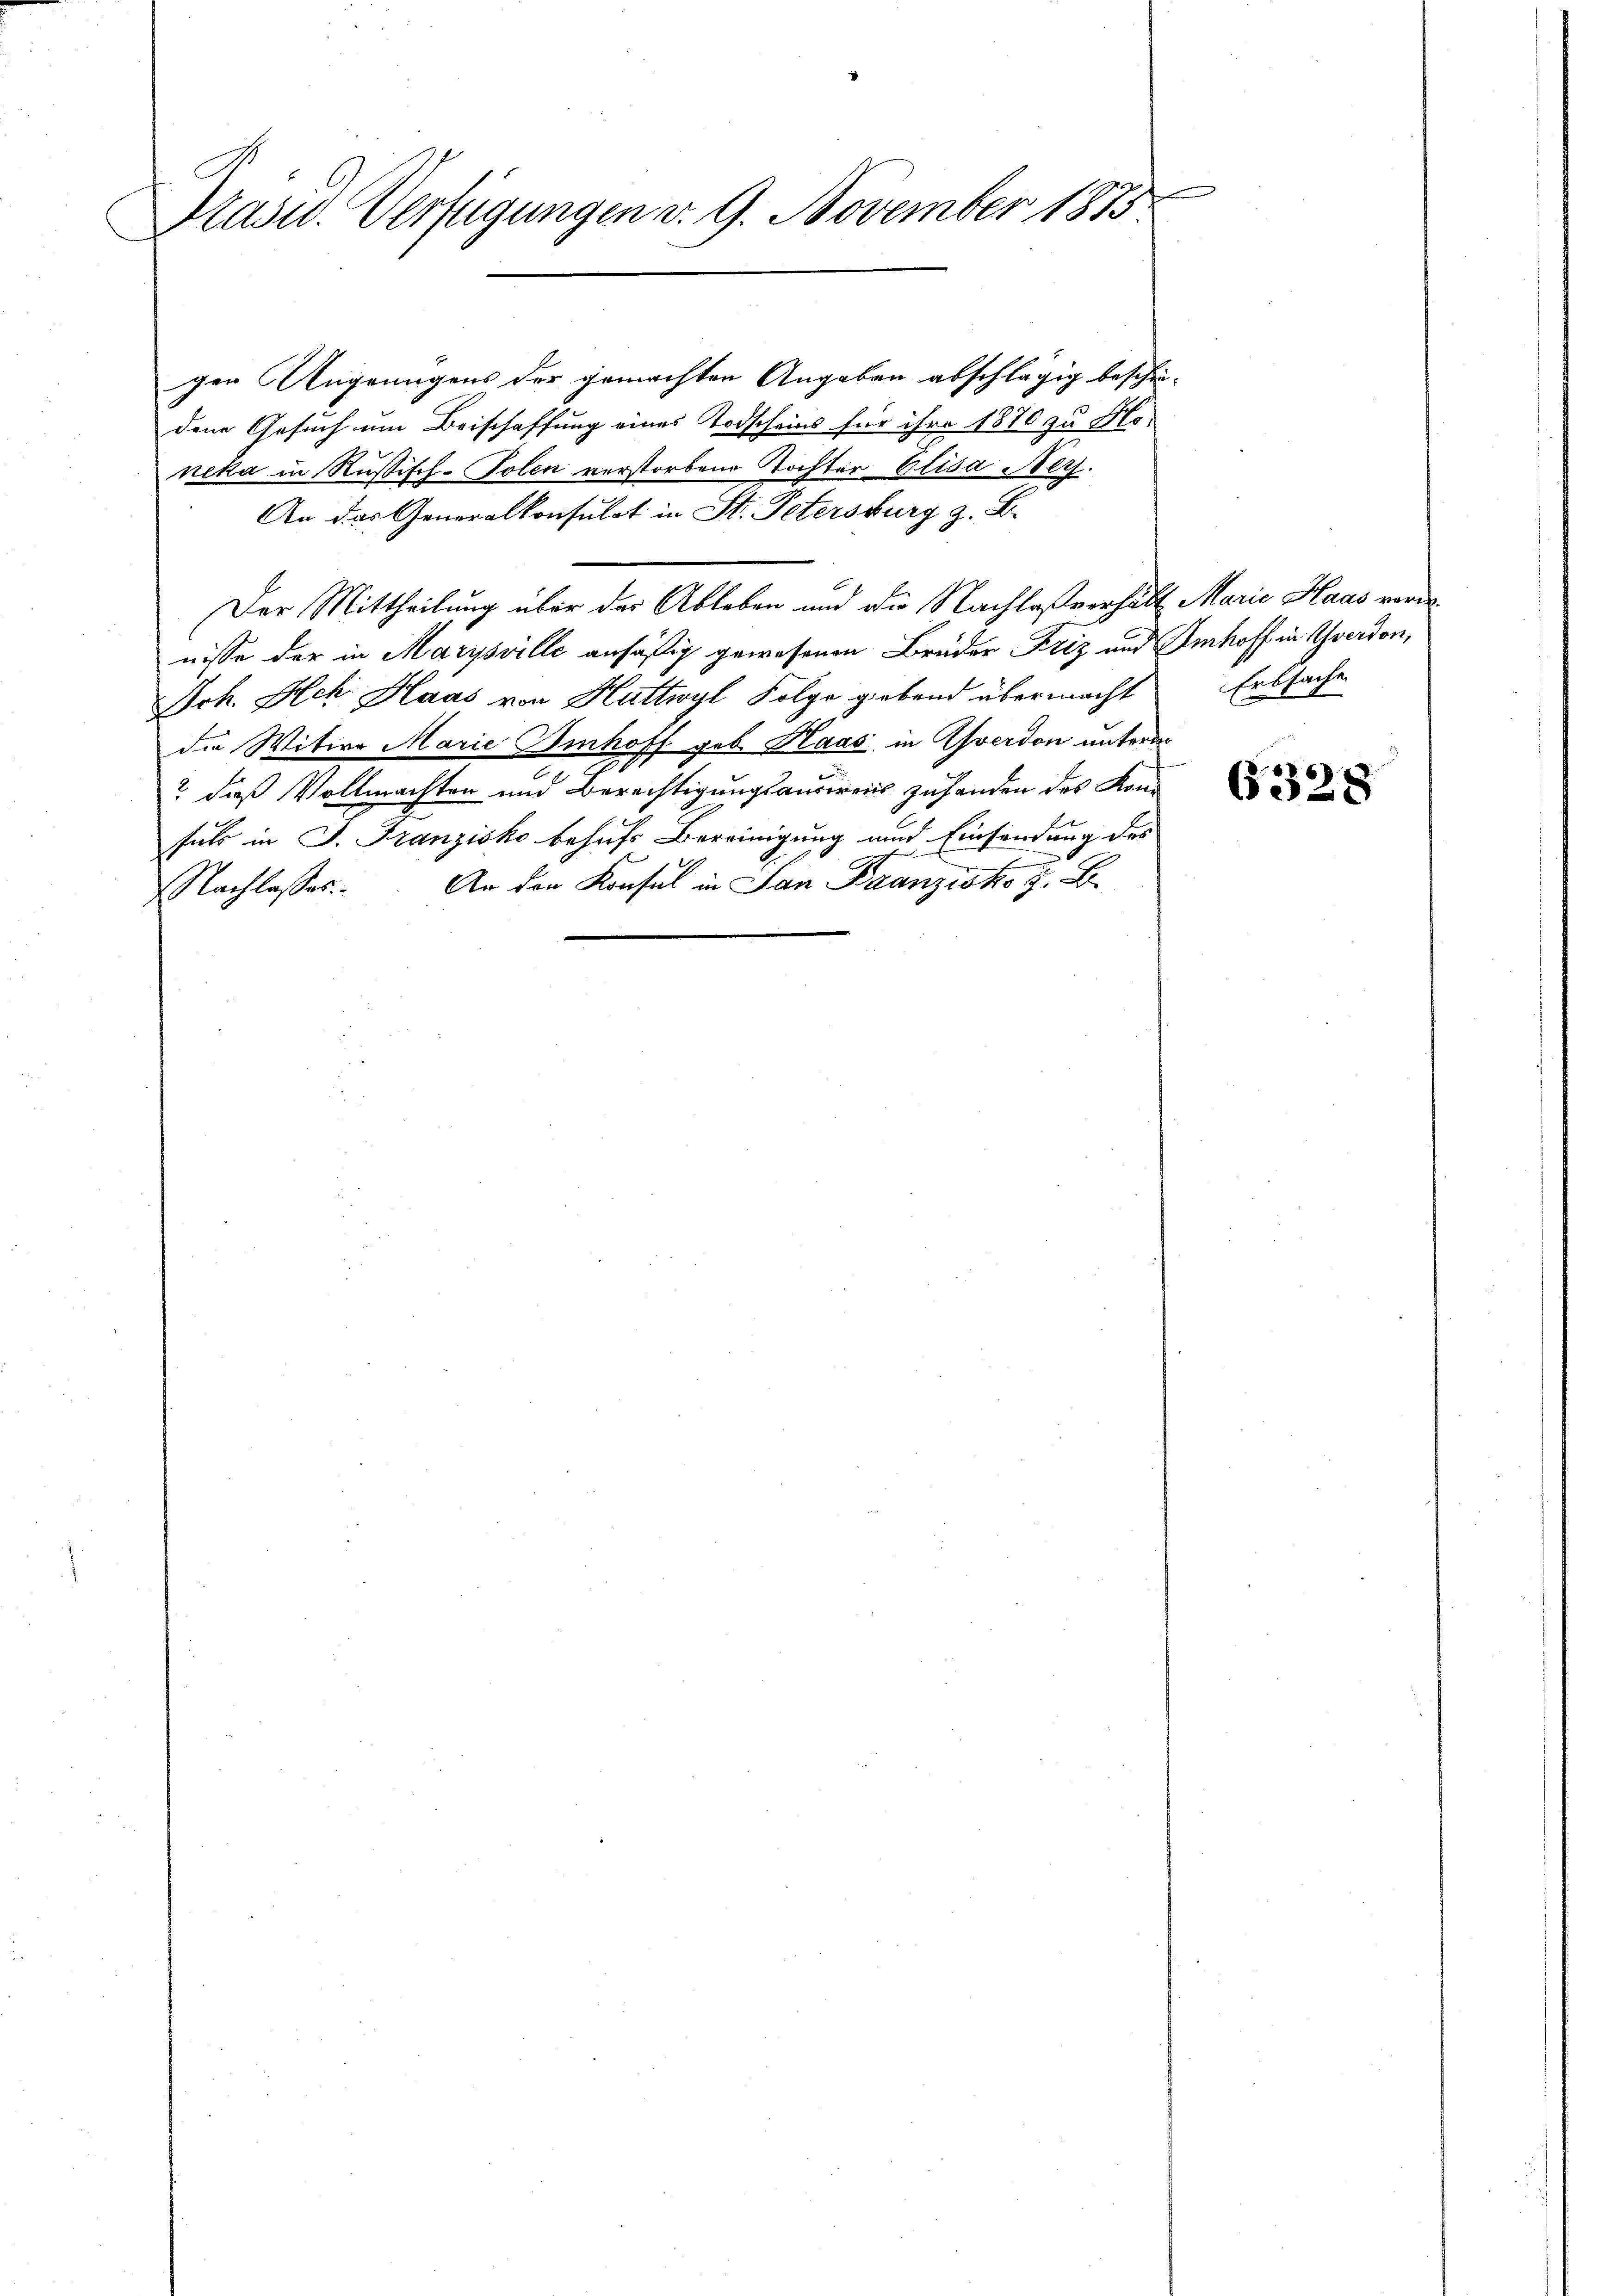
Präsid. Verfügungen v. 9. November 1873.

gen Angenügens der gemachten Angaben abschlägig beschie
dene Gesuch um Beischaffung eines Todscheins für ihre 1870 zu Honeka in Rußisch-Tolen verstorbene Tochter Elisa Aez.
An das Generalkonsulat in St. Petersburg z. B.
Der Mittheilung über der Ableben und die Nachlaßverhält Marie Haas vordenisse der in Marysville ansäßig gewesenen Brüder Friz und Imhoff in Yverdon,
Joh. Ach Haas von Huttwyl Folge giebend übermacht
die Witwe Marie Imhoff geb. Haas, in Yverdon unterm
u
d
? dieß Vollmachten und Berechtigungsausweis zuhanden des Konfuls in J. Franzisko behufs Bereinigung und Einsendung des
Nachlasses. An den Konsul in San Franzisko G. B.

2x

Erbsache

6328